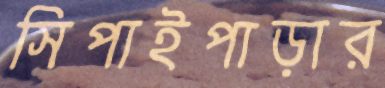
সিপাইপাড়ার